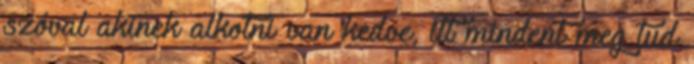
szóval akinek alkotni van kedve, itt mindent meg tud